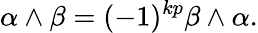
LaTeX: \alpha\wedge\beta=(-1)^{kp}\beta\wedge\alpha.